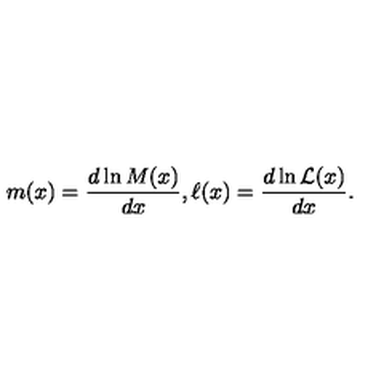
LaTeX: m ( x ) = \frac { d \ln { M ( x ) } } { d x } , \ell ( x ) = \frac { d \ln { { \cal L } ( x ) } } { d x } .